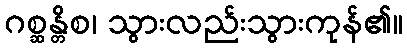
ဂစ္ဆန္တိစ၊ သွားလည်းသွားကုန်၏။